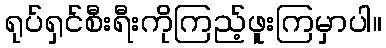
ရုပ်ရှင်စီးရီးကိုကြည့်ဖူးကြမှာပါ။